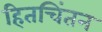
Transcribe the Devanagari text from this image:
हितचिंतन